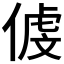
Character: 𠋵